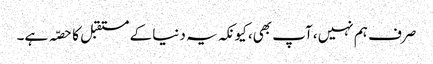
صرف ہم نہیں، آپ بھی، کیونکہ یہ دنیا کے مستقبل کا حصّہ ہے۔